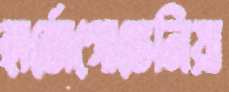
হার্জেগোভেনিয়া